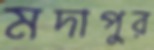
মদাপুর